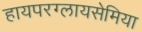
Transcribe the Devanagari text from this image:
हायपरग्लायसेमिया